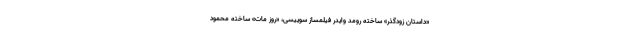
«داستان زودگذر» ساخته رومد وایدر فیلمساز سوییسی، «روز مات» ساخته محمود